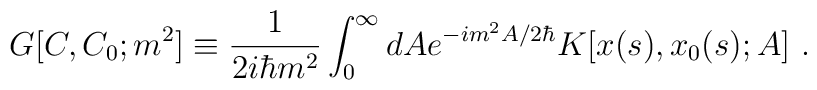
G[C,C_0;m^2]\equiv {1\over 2i\hbar m^2}	\int_0^\infty dA e^{-im^2 A/2\hbar}K[x(s),x_0(s);A]\ .